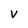
Character: V